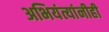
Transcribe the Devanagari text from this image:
अभियंत्यांनीही